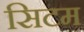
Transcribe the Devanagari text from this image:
सिटम